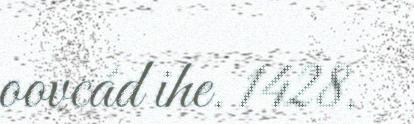
oovcád ihe. 1428.